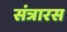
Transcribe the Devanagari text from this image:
संत्रारस